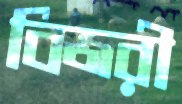
বিজরী